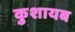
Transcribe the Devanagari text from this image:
कुशायब